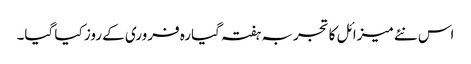
اس نئے میزائل کا تجربہ ہفتہ گیارہ فروری کے روز کیا گیا۔